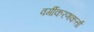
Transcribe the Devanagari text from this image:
वर्गीकरणकर्त्ता